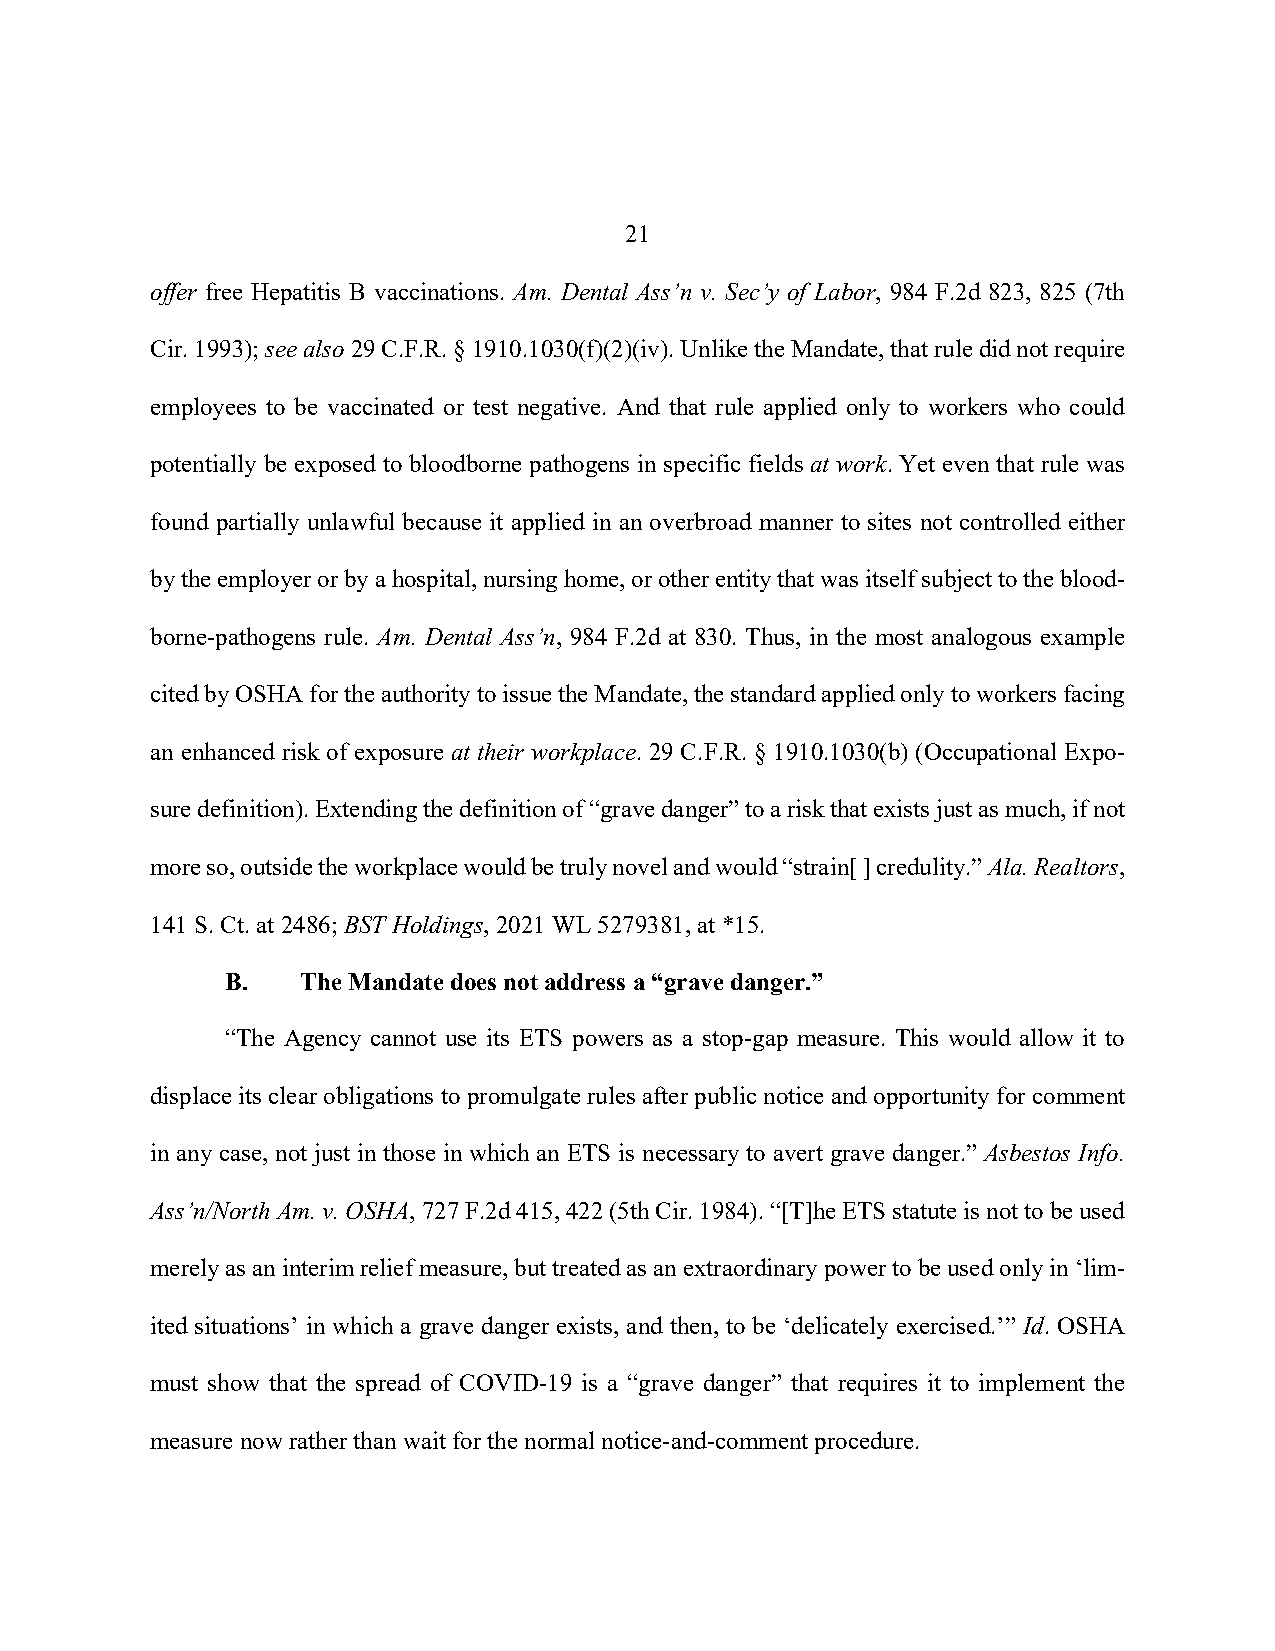
21
 offer free Hepatitis B vaccinations. Am. Dental Ass’n v. Sec’y of Labor, 984 F.2d 823, 825 (7th
 Cir. 1993); see also 29 C.F.R. § 1910.1030(f)(2)(iv). Unlike the Mandate, that rule did not require
 employees to be vaccinated or test negative. And that rule applied only to workers who could
 potentially be exposed to bloodborne pathogens in specific fields at work. Yet even that rule was
 found partially unlawful because it applied in an overbroad manner to sites not controlled either
 by the employer or by a hospital, nursing home, or other entity that was itself subject to the blood-
 borne-pathogens rule. Am. Dental Ass’n, 984 F.2d at 830. Thus, in the most analogous example
 cited by OSHA for the authority to issue the Mandate, the standard applied only to workers facing
 an enhanced risk of exposure at their workplace. 29 C.F.R. § 1910.1030(b) (Occupational Expo-
 sure definition). Extending the definition of “grave danger” to a risk that exists just as much, if not
 more so, outside the workplace would be truly novel and would “strain[ ] credulity.” Ala. Realtors,
 141 S. Ct. at 2486; BST Holdings, 2021 WL 5279381, at *15.
 B.   The Mandate does not address a “grave danger.”
 “The Agency cannot use its ETS powers as a stop-gap measure. This would allow it to
 displace its clear obligations to promulgate rules after public notice and opportunity for comment
 in any case, not just in those in which an ETS is necessary to avert grave danger.” Asbestos Info.
 Ass’n/North Am. v. OSHA, 727 F.2d 415, 422 (5th Cir. 1984). “[T]he ETS statute is not to be used
 merely as an interim relief measure, but treated as an extraordinary power to be used only in ‘lim-
 ited situations’ in which a grave danger exists, and then, to be ‘delicately exercised.’” Id. OSHA
 must show that the spread of COVID-19 is a “grave danger” that requires it to implement the
 measure now rather than wait for the normal notice-and-comment procedure.